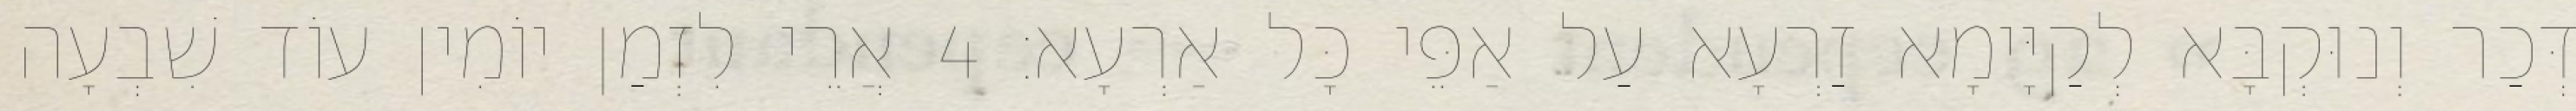
דְּכַר וְנוּקְבָּא לְקַיָּימָא זַרְעָא עַל אַפֵּי כָּל אַרְעָא׃ 4 אֲרֵי לִזְמַן יוֹמִין עוֹד שִׁבְעָה